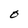
Character: O